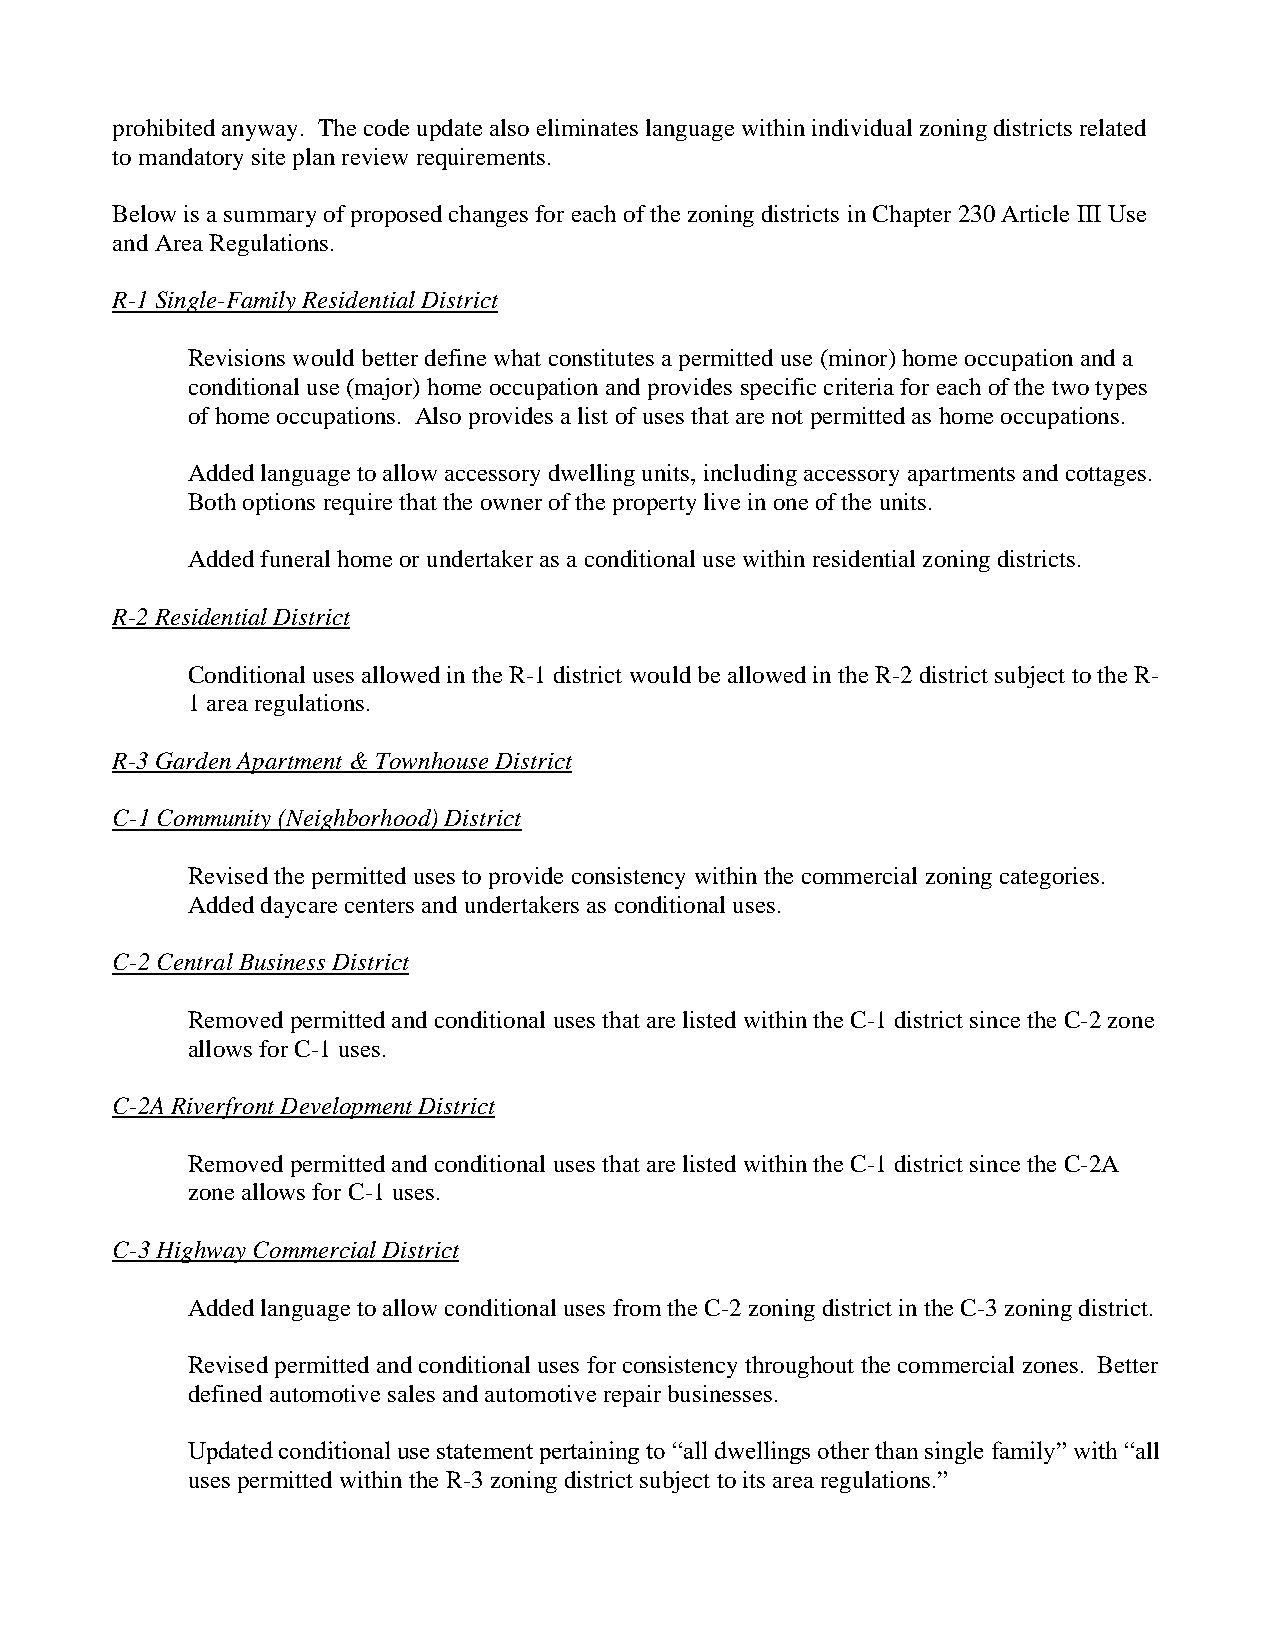
prohibited anyway. The code update also eliminates language within individual zoning districts related
 to mandatory site plan review requirements.
 Below is a summary of proposed changes for each of the zoning districts in Chapter 230 Article III Use
 and Area Regulations.
 R-1 Single-Family Residential District
 Revisions would better define what constitutes a permitted use (minor) home occupation and a
 conditional use (major) home occupation and provides specific criteria for each of the two types
 of home occupations. Also provides a list of uses that are not permitted as home occupations.
 Added language to allow accessory dwelling units, including accessory apartments and cottages.
 Both options require that the owner of the property live in one of the units.
 Added funeral home or undertaker as a conditional use within residential zoning districts.
 R-2 Residential District
 Conditional uses allowed in the R-1 district would be allowed in the R-2 district subject to the R-
 1 area regulations.
 R-3 Garden Apartment & Townhouse District
 C-1 Community (Neighborhood) District
 Revised the permitted uses to provide consistency within the commercial zoning categories.
 Added daycare centers and undertakers as conditional uses.
 C-2 Central Business District
 Removed permitted and conditional uses that are listed within the C-1 district since the C-2 zone
 allows for C-1 uses.
 C-2A Riverfront Development District
 Removed permitted and conditional uses that are listed within the C-1 district since the C-2A
 zone allows for C-1 uses.
 C-3 Highway Commercial District
 Added language to allow conditional uses from the C-2 zoning district in the C-3 zoning district.
 Revised permitted and conditional uses for consistency throughout the commercial zones. Better
 defined automotive sales and automotive repair businesses.
 Updated conditional use statement pertaining to “all dwellings other than single family” with “all
 uses permitted within the R-3 zoning district subject to its area regulations.”